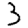
Digit: 3